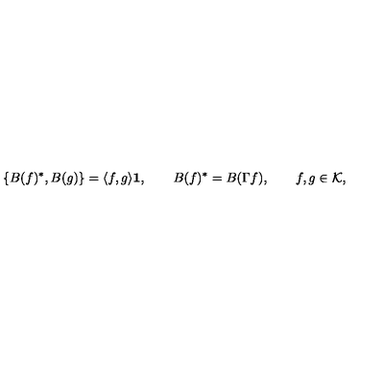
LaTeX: \{ B ( f ) ^ { * } , B ( g ) \} = \langle f , g \rangle { \bf 1 } , \qquad B ( f ) ^ { * } = B ( \Gamma f ) , \qquad f , g \in { \cal K } ,